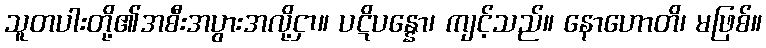
သူတပါးတို့၏အစီးအပွားအလို့ငှာ။ ပဋိပန္နော၊ ကျင့်သည်။ နောဟောတိ၊ မဖြစ်။